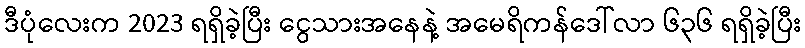
ဒီပုံလေးက 2023 ရရှိခဲ့ပြီး ငွေသားအနေနဲ့ အမေရိကန်ဒေါ်လာ ၆၃၆ ရရှိခဲ့ပြီး